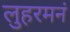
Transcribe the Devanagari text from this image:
लुहरमनं